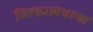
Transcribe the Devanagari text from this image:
जिल्ह्यामधल्या